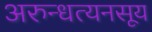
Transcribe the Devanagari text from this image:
अरुन्धत्यनसूय